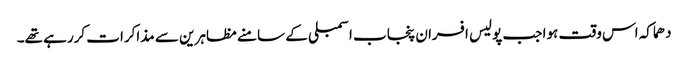
دھماکہ اس وقت ہوا جب پولیس افسران پنجاب اسمبلی کے سامنے مظاہرین سے مذاکرات کررہے تھے۔